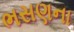
ભસણના